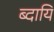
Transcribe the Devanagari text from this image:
ब्दायि